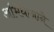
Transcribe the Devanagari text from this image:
अभिधानाने